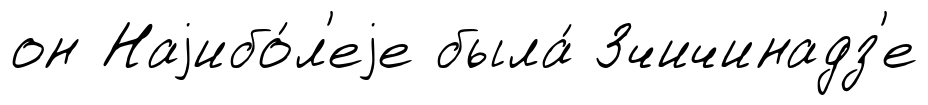
он Наjибо́л'еjе была́ Зчичинадз'е